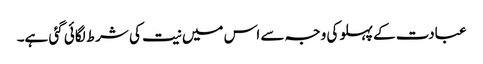
عبادت کے پہلو کی وجہ سے اس میں نیت کی شرط لگائی گئی ہے۔